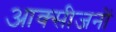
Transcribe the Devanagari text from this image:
आक्सीजनों